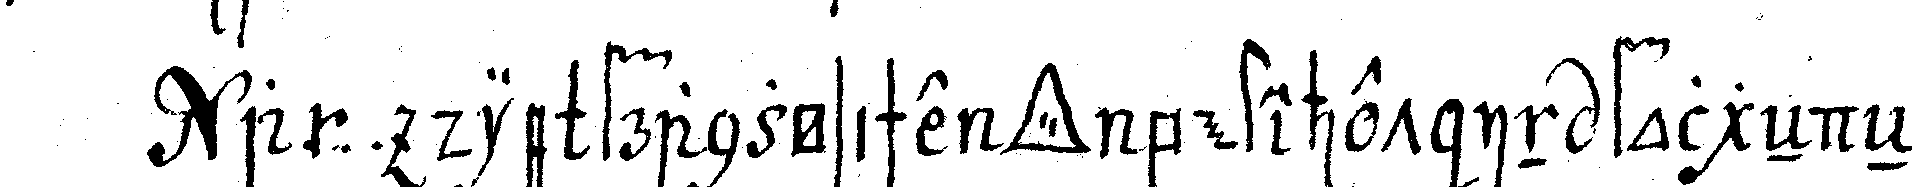
a ... die französische *tri..* bestehet in folgeNdeN